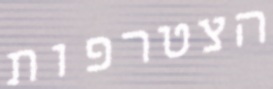
הצטרפות